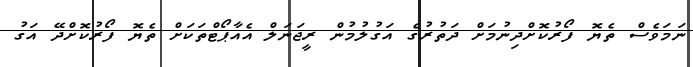
ނަމަވެސް ތެޔޮ ފޯރުކޮށްދިނުމަށް ދަތުރުގެ އަގުލުމުން ރީޖަނަލް އެއާޕޯޓްތަކަށް ތެޔޮ ފޯރުކޮށްދޭ އަގު